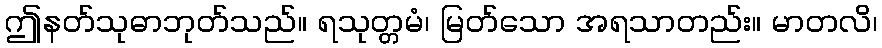
ဤနတ်သုဓာဘုတ်သည်။ ရသုတ္တမံ၊ မြတ်သော အရသာတည်း။ မာတလိ၊